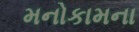
મનોકામના